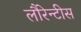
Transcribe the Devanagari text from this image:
लौरेन्टीस